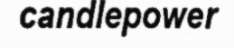
candlepower